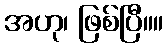
အဟု၊ ဖြစ်ပြီ။။